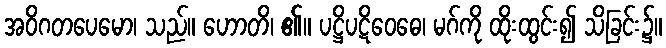
အဝိဂတပေမော၊ သည်။ ဟောတိ၊ ၏။ ပဋ္ဌိပဋိဝေဓေ၊ မဂ်ကို ထိုးထွင်း၍ သိခြင်း၌။